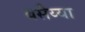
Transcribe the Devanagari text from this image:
बसैय्या